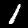
Label: 1